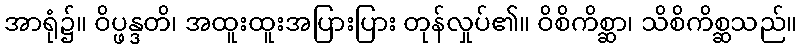
အာရုံ၌။ ဝိပ္ဖန္ဒတိ၊ အထူးထူးအပြားပြား တုန်လှုပ်၏။ ဝိစိကိစ္ဆာ၊ သိစိကိစ္ဆသည်။